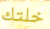
خلتك